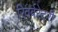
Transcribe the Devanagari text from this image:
रिवर्बरेटरी